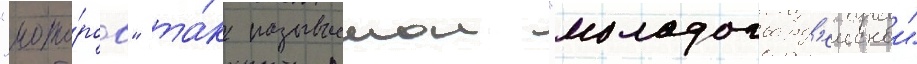
"мото́ров" та́к называемои "молодогвард'еискои"